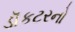
ડૉકટરનો